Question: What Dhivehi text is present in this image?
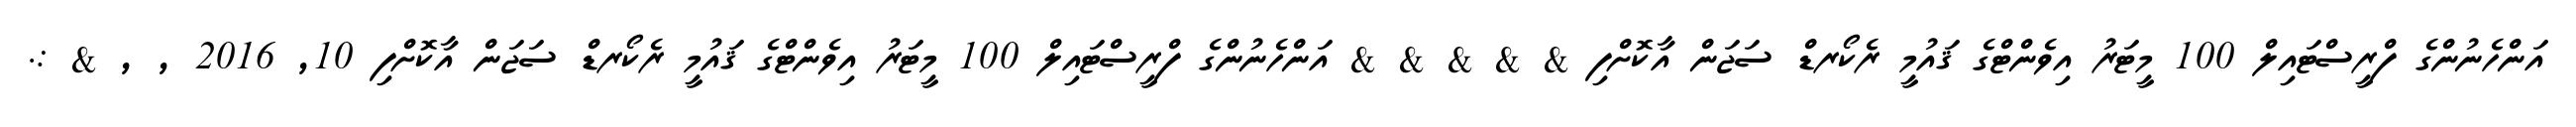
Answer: އަންހެނުންގެ ފްރީސްޓައިލް 100 މީޓަރު އިވެންޓްގެ ޤައުމީ ރެކޯރޑް ސަޖަން އާކޮށްފި & & & & & އަންހެނުންގެ ފްރީސްޓައިލް 100 މީޓަރު އިވެންޓްގެ ޤައުމީ ރެކޯރޑް ސަޖަން އާކޮށްފި 10, 2016 , , & :.